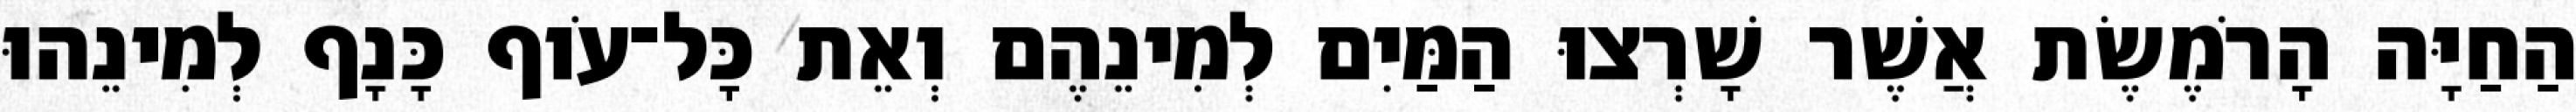
הַחַיָּה הָרֹמֶשֶׂת אֲשֶׁר שָׁרְצוּ הַמַּיִם לְמִינֵהֶם וְאֵת כָּל־עֹוף כָּנָף לְמִינֵהוּ